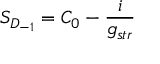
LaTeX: S _ { D _ { - 1 } } = C _ { 0 } - { \frac { i } { g _ { s t r } } }